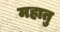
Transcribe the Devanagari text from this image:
महातु